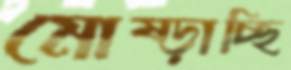
মোষ্‌ড়াচ্ছি